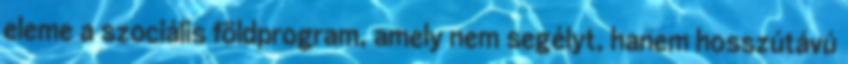
eleme a szociális földprogram, amely nem segélyt, hanem hosszútávú